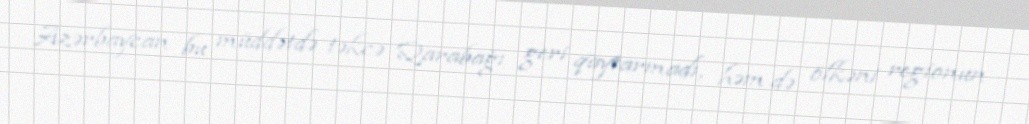
Azərbaycan bu müddətdə təkcə Qarabağı geri qaytarmadı, həm də ölkəni regionun